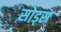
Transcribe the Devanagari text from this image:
सोड्स